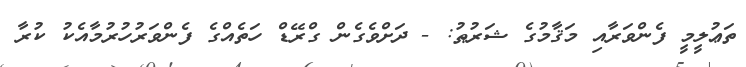
ތަޢުލީމީ ފެންވަރާއި މަޤާމުގެ ޝަރުޠު: - ދަށްވެގެން ގްރޭޑް ހަތެއްގެ ފެންވަރުހުރުމާއެކު ކުރާ